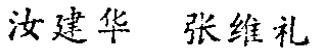
汝建华 张维礼